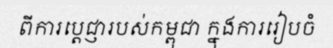
ពីការប្តេជ្ញារបស់កម្ពុជា ក្នុងការរៀបចំ